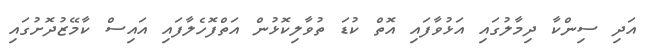
އަދި ސިންކާ ދިމާލުގައި އަޅުވާފައި އޮތް ކުޑަ ތުވާލިކޮޅުން އަތްފޮހެލާފައި އައިސް ކާމޭޒުދޮށުގައި